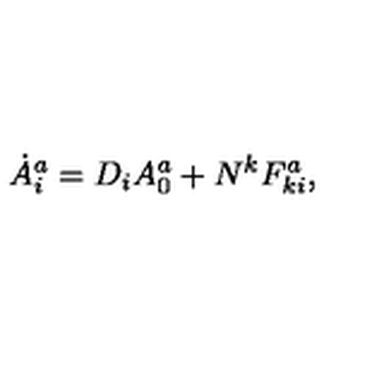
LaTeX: \dot { A } _ { i } ^ { a } = D _ { i } A _ { 0 } ^ { a } + N ^ { k } F _ { k i } ^ { a } ,